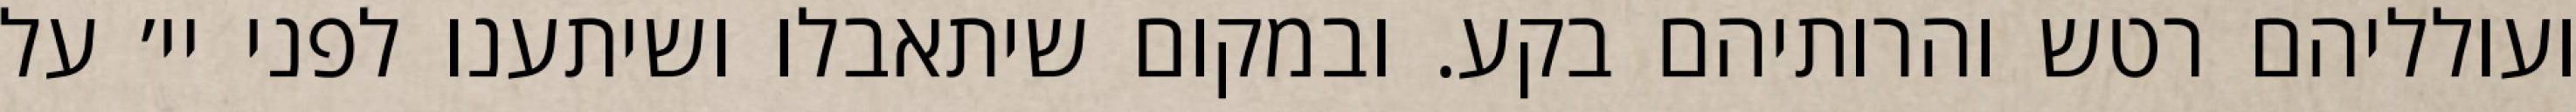
ועולליהם רטש והרותיהם בקע. ובמקום שיתאבלו ושיתענו לפני יי׳ על